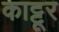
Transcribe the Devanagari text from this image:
काट्टूर